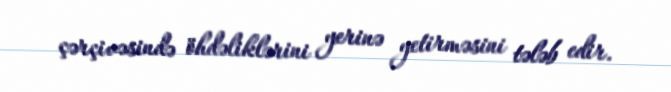
çərçivəsində öhdəliklərini yerinə yetirməsini tələb edir.